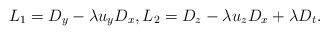
LaTeX: \begin{align*}L_1=D_y-\lambda u_y D_x,L_2=D_z-\lambda u_z D_x+\lambda D_t.\end{align*}